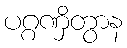
ပဂ္ဂဏှိတွာန